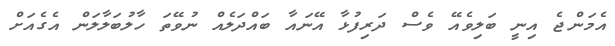
އެމަންޖެ އިނީ ބަލިވެއޭ ވެސް ދަރިފުޅާ އޭނައާ ބައްދަލެއް ނުވޭތަ ހާލުބަލާލަން އެގެއަށް